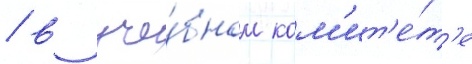
/ в уче́бном ком'ит'е́т'е